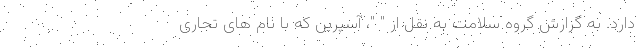
دارد. به گزارش گروه سلامت به نقل از " "، آسپرین که با نام های تجاری